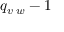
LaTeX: q _ { v \setminus w } - 1